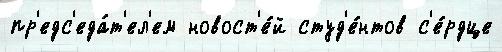
пр'едс'еда́т'ел'ем новост'е́й студ'е́нтов с'е́рдце